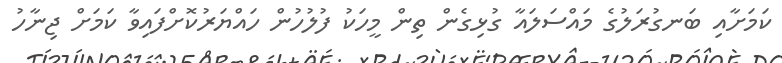
ކަމަށާއި ބަނގުރަލުގެ މައްސަލައާ ގުޅިގެން ތިން މީހަކު ފުލުހުން ހައްޔަރުކޮށްފައިވާ ކަމަށް ޖިނާހު